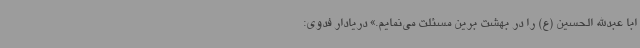
ابا عبدالله الحسین (ع) را در بهشت برین مسئلت می‌نمایم.» دریادار فدوی: